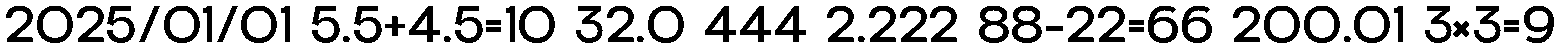
2025/01/01 5.5+4.5=10 32.0 444 2.222 88-22=66 200.01 3×3=9